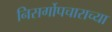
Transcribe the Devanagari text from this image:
निसर्गोपचाराच्या